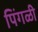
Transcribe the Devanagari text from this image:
पिंगळी